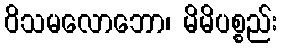
ဝိသမလောဘော၊ မိမိပစ္စည်း